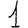
Digit: 1